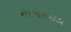
નાગરવાડા